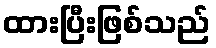
ထားပြီးဖြစ်သည်